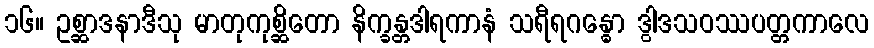
၁၆။ ဥစ္ဆာဒနာဒီသု မာတုကုစ္ဆိတော နိက္ခန္တဒါရကာနံ သရီရဂန္ဓော ဒွါဒသဝဿပတ္တကာလေ